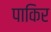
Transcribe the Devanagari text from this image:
पाकिर